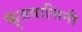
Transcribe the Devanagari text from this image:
कुंजवासिनी